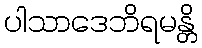
ပါသာဒေဘိရမန္တိ